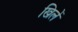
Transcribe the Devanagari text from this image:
खिलें